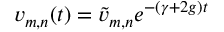
v _ { m , n } ( t ) = \tilde { v } _ { m , n } e ^ { - ( \gamma + 2 g ) t }